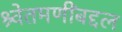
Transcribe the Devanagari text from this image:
श्र्वेतमणींबद्दल